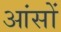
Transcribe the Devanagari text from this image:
आंसों